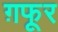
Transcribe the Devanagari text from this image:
ग़फूर